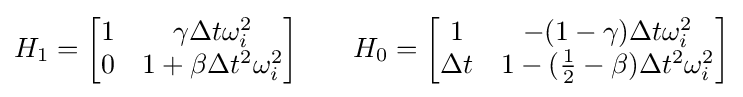
{\begin{aligned}H_{1}={\begin{bmatrix}1&\gamma \Delta t\omega _{i}^{2}\\0&1+\beta \Delta t^{2}\omega _{i}^{2}\end{bmatrix}}\qquad H_{0}={\begin{bmatrix}1&-(1-\gamma )\Delta t\omega _{i}^{2}\\\Delta t&1-({\frac {1}{2}}-\beta )\Delta t^{2}\omega _{i}^{2}\end{bmatrix}}\end{aligned}}